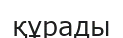
құрады